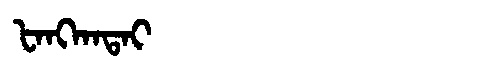
Manchu: ᡶᠠᠩᡴᠠᡨᠠᡳ
Romanization: FANGKATAI